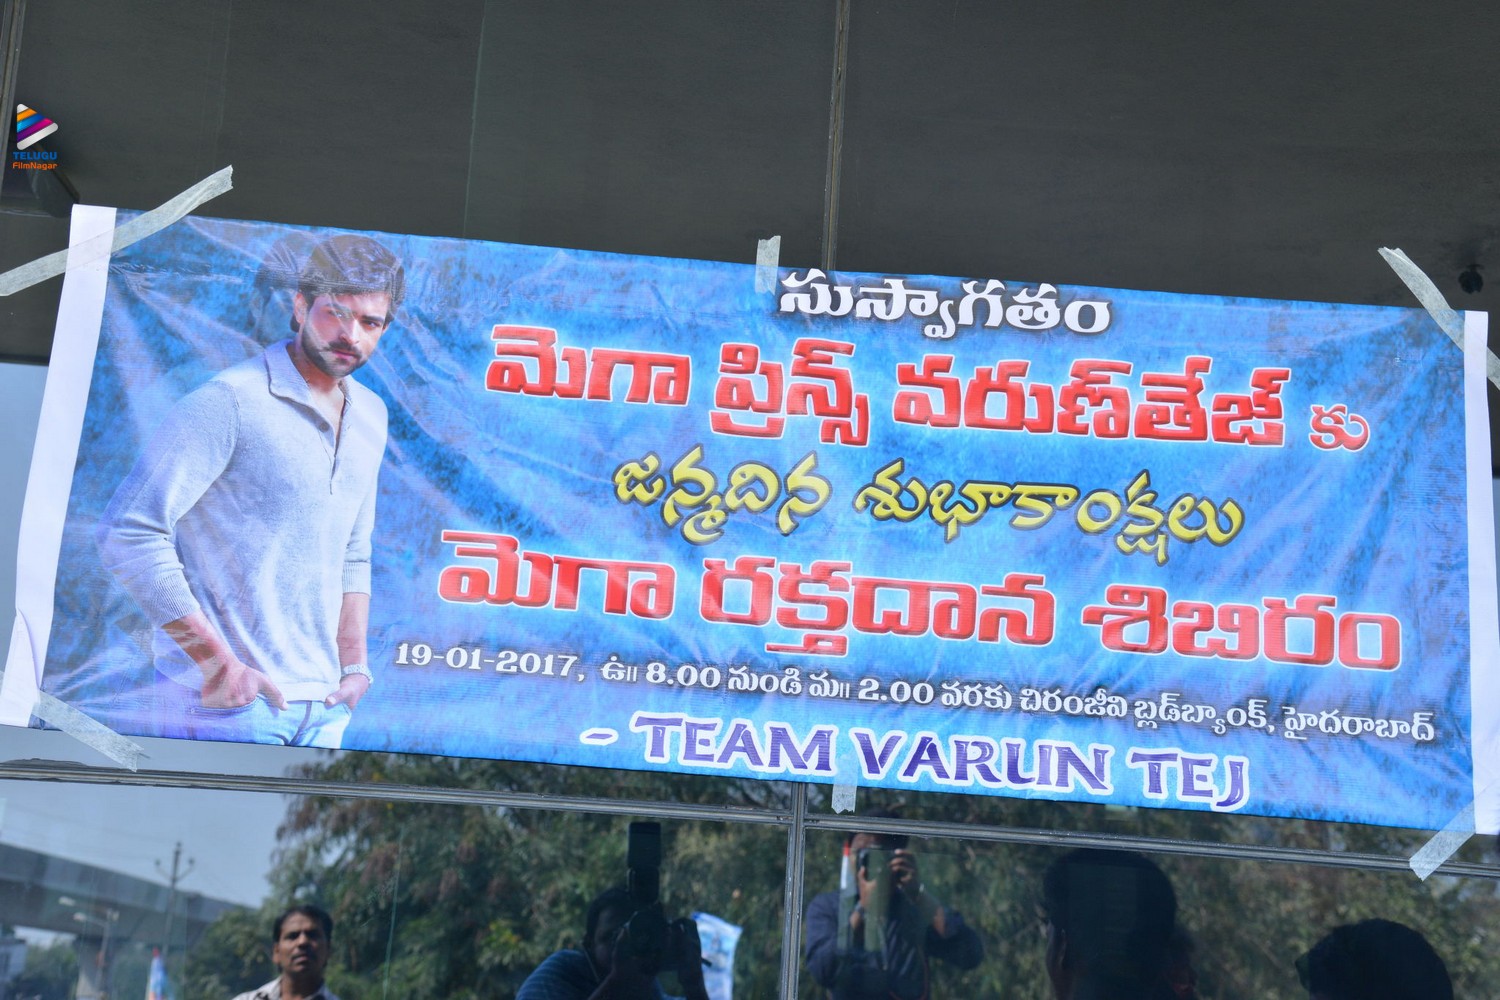
Language: telugu
Transcription: వరుణ్ తేజ్ మెగా ప్రిన్స్ కు జన్మదిన శుభాకాంక్షలు మెగా శిబిరం నుండి వరుకు చిరంజీవి సుస్వాగతం రక్తదాన